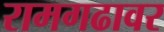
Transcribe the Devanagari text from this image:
रामगढावर